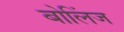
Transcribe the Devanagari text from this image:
बोलिंज